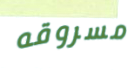
مسروقه